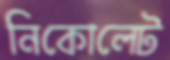
নিকোলেট